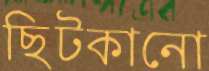
ছিটকানো